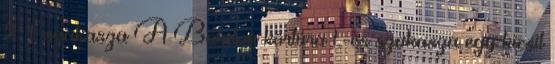
2 1. szakasza A Balaton körtúra 1.-es szakasza egy kicsit